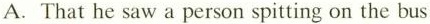
A. That he saw a person spitting on the bus.